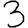
Digit: 3